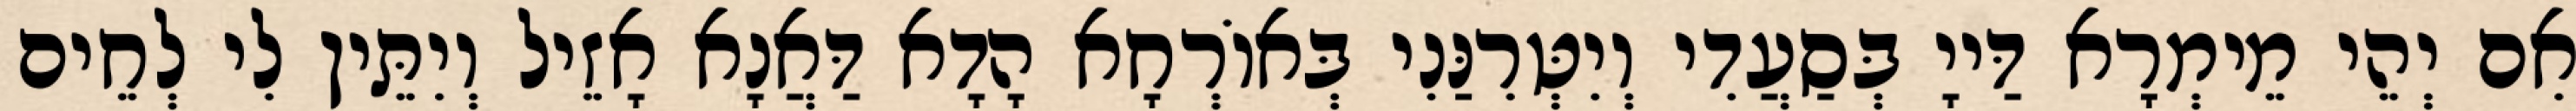
אִם יְהֵי מֵימְרָא דַּייָ בְּסַעֲדִי וְיִטְּרִנַּנִי בְּאוֹרְחָא הָדָא דַּאֲנָא אָזֵיל וְיִתֵּין לִי לְחֵים